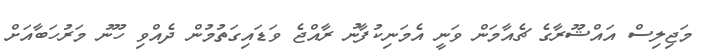
މަޖިލިސް އައްޝޫރާގެ ޗެއާމަން ވަނީ އެމަނިކުފާނު ރާއްޖެ ވަޑައިގަތުމުން ދެއްވި ހޫނު މަރުހަބާއަށް